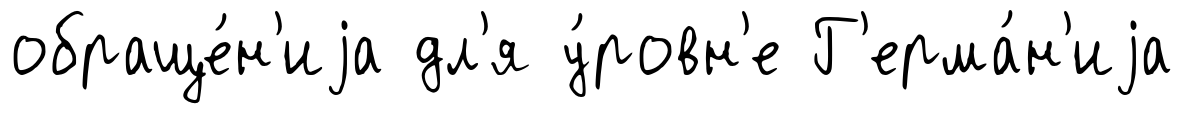
обраще́н'иjа дл'я у́ровн'е Г'ерма́н'иjа